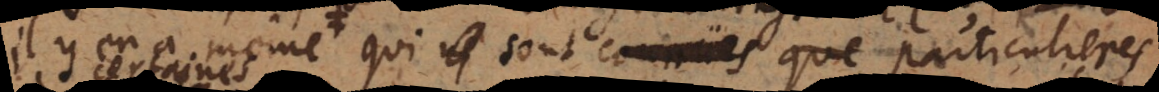
il y en a même qui sont connues que particulieres